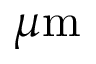
\mu \mathrm { m }